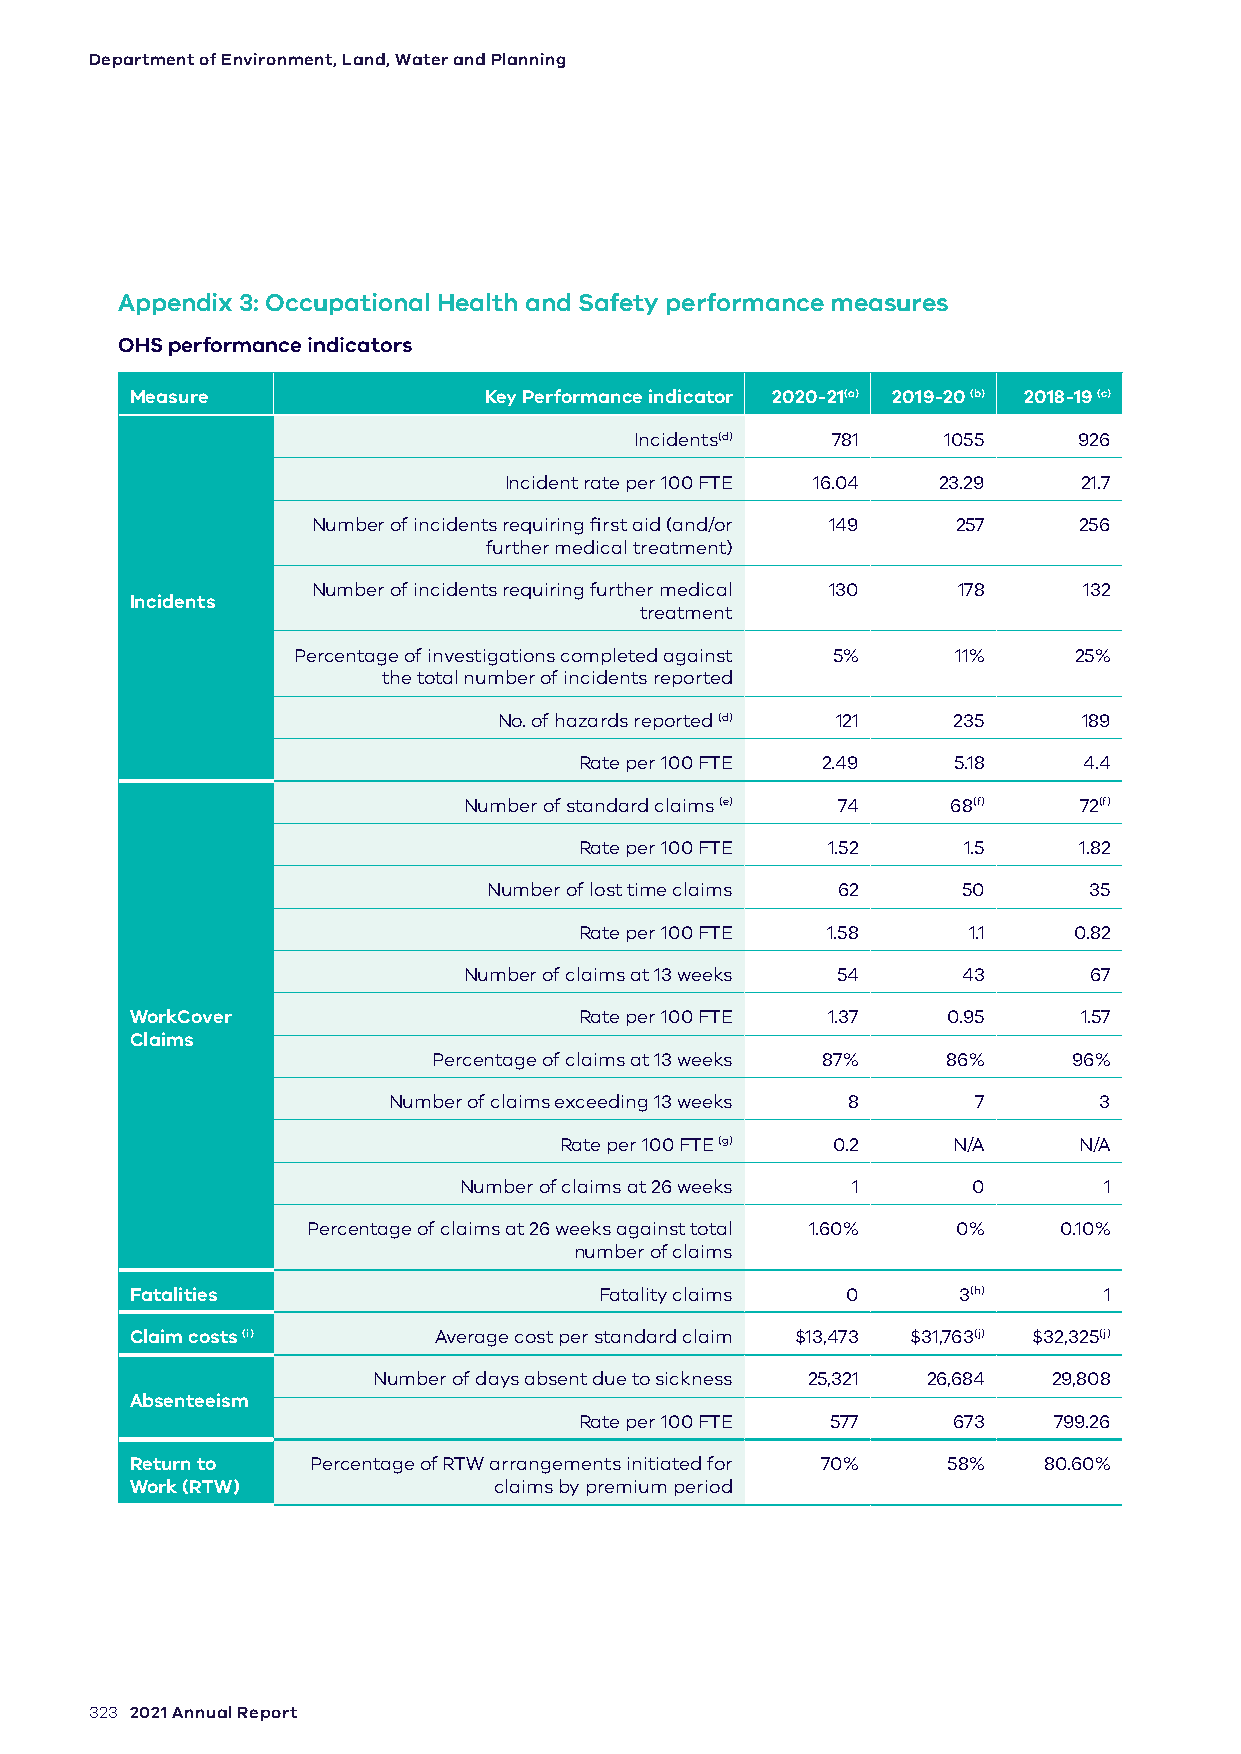
Department of Environment, Land, Water and Planning
 Appendix 3: Occupational Health and Safety performance measures
 OHS performance indicators
 Measure                Key Performance indicator 2020-21(a) 2019-20 (b) 2018-19 (c)
 Incidents(d) 781    1055     926
 Incident rate per 100 FTE 16.04 23.29  21.7
 Number of incidents requiring first aid (and/or 149 257 256
 further medical treatment)
 Number of incidents requiring further medical 130 178 132
 Incidents
 treatment
 Percentage of investigations completed against 5% 11% 25%
 the total number of incidents reported
 No. of hazards reported (d) 121 235    189
 Rate per 100 FTE 2.49    5.18     4.4
 Number of standard claims (e) 74 68(f)  72(f)
 Rate per 100 FTE 1.52     1.5    1.82
 Number of lost time claims 62   50      35
 Rate per 100 FTE 1.58     1.1    0.82
 Number of claims at 13 weeks 54  43      67
 WorkCover                    Rate per 100 FTE 1.37    0.95    1.57
 Claims
 Percentage of claims at 13 weeks 87% 86%  96%
 Number of claims exceeding 13 weeks 8  7       3
 Rate per 100 FTE (g) 0.2  N/A     N/A
 Number of claims at 26 weeks 1    0        1
 Percentage of claims at 26 weeks against total 1.60% 0% 0.10%
 number of claims
 Fatalities                     Fatality claims 0      3(h)      1
 Claim costs (i)     Average cost per standard claim $13,473 $31,763(j) $32,325(j)
 Number of days absent due to sickness 25,321 26,684 29,808
 Absenteeism
 Rate per 100 FTE 577     673    799.26
 Return to   Percentage of RTW arrangements initiated for 70% 58% 80.60%
 Work (RTW)              claims by premium period
 323 2021 Annual Report